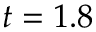
t = 1 . 8